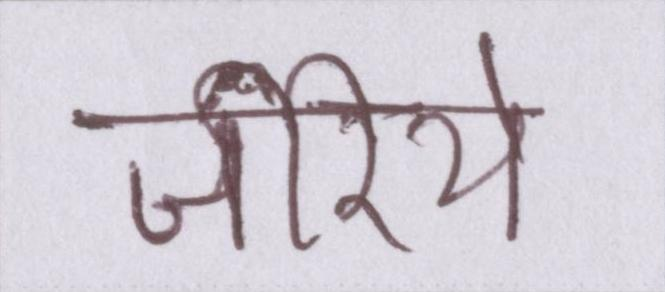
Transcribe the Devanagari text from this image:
जरिये